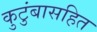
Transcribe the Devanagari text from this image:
कुटुंबासहित